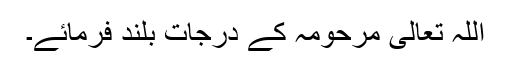
اللہ تعالیٰ مرحومہ کے درجات بلند فرمائے۔